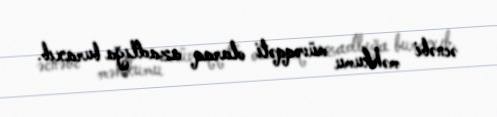
əcnəbi məhkumu müvəqqəti olaraq azadlığa buraxıb.